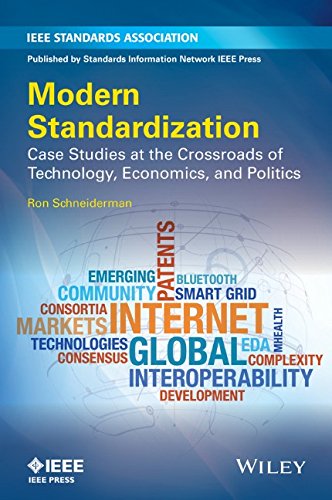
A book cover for Modern Standardization: Case Studies at the Crossroads of Technology, Economics, and Politics; Ron Schneiderman; Science & Math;